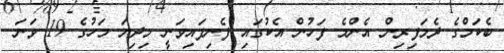
ބެކަމްގެ ދެމަފިރިން އެންމެ ފަހުން އެކުގައި ފެނިފައިވަނީ މިދިޔަ މަހުގެ 19 ވަނަ